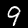
Label: 9